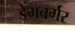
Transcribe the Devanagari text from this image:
डेमबर्गर